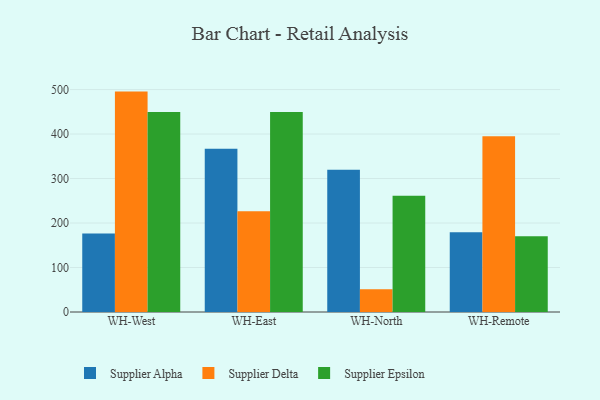
{"axis": {"x": "Warehouse", "y": "Bounce Rate (%)"}, "legend": ["Supplier Alpha", "Supplier Delta", "Supplier Epsilon"], "data": [{"x": "WH-West", "y": 176.7, "type": "Supplier Alpha"}, {"x": "WH-West", "y": 495.4, "type": "Supplier Delta"}, {"x": "WH-West", "y": 449.8, "type": "Supplier Epsilon"}, {"x": "WH-East", "y": 367.0, "type": "Supplier Alpha"}, {"x": "WH-East", "y": 226.2, "type": "Supplier Delta"}, {"x": "WH-East", "y": 449.5, "type": "Supplier Epsilon"}, {"x": "WH-North", "y": 319.6, "type": "Supplier Alpha"}, {"x": "WH-North", "y": 51.2, "type": "Supplier Delta"}, {"x": "WH-North", "y": 261.1, "type": "Supplier Epsilon"}, {"x": "WH-Remote", "y": 179.0, "type": "Supplier Alpha"}, {"x": "WH-Remote", "y": 395.1, "type": "Supplier Delta"}, {"x": "WH-Remote", "y": 170.1, "type": "Supplier Epsilon"}]}